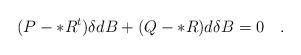
LaTeX: \begin{align*}(P-*R^t)\delta d B+(Q-*R)d \delta B=0 \quad.\end{align*}